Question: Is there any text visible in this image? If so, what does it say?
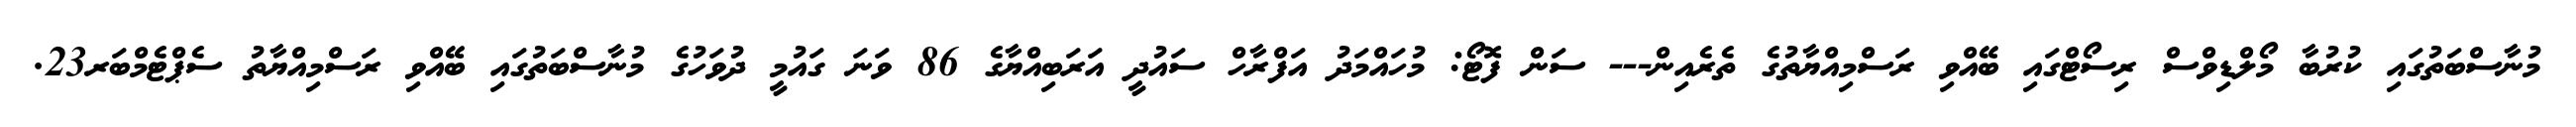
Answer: މުނާސްބަތުގައި ކުރުބާ މޯލްޑިވްސް ރިސޯޓްގައި ބޭއްވި ރަސްމިއްޔާތުގެ ތެރެއިން--- ސަން ފޮޓޯ: މުހައްމަދު އަފްރާހް ސައުދީ އަރަބިއްޔާގެ 86 ވަނަ ގައުމީ ދުވަހުގެ މުނާސްބަތުގައި ބޭއްވި ރަސްމިއްޔާތު ސެޕްޓެމްބަރ23.